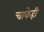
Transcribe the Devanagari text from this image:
चाकेही